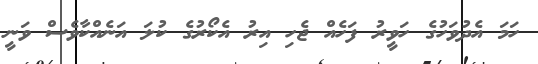
ހަމަ އެދުވަހުގެ ހަވީރު ފަހެއް ޖެހި އިރު އެކޯރުގެ ކުލަ އަނެއްކާވެސް ވަނީ